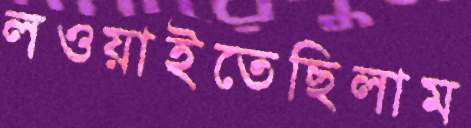
লওয়াইতেছিলাম